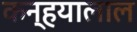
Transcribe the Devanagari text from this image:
कन्हयालाल